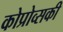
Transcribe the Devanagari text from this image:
कोप्रोव्सकी